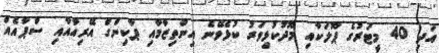
އަދި 40 މީޓަރުގެ ޕޫލަކާއި މޫދުކުޅިވަރު ކުޅެވޭނެ އިންތިޒާމާއި ޕާކިންގް އޭރިއާއާއި ސްޕާއެއް